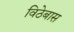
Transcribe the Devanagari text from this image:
विठेबास